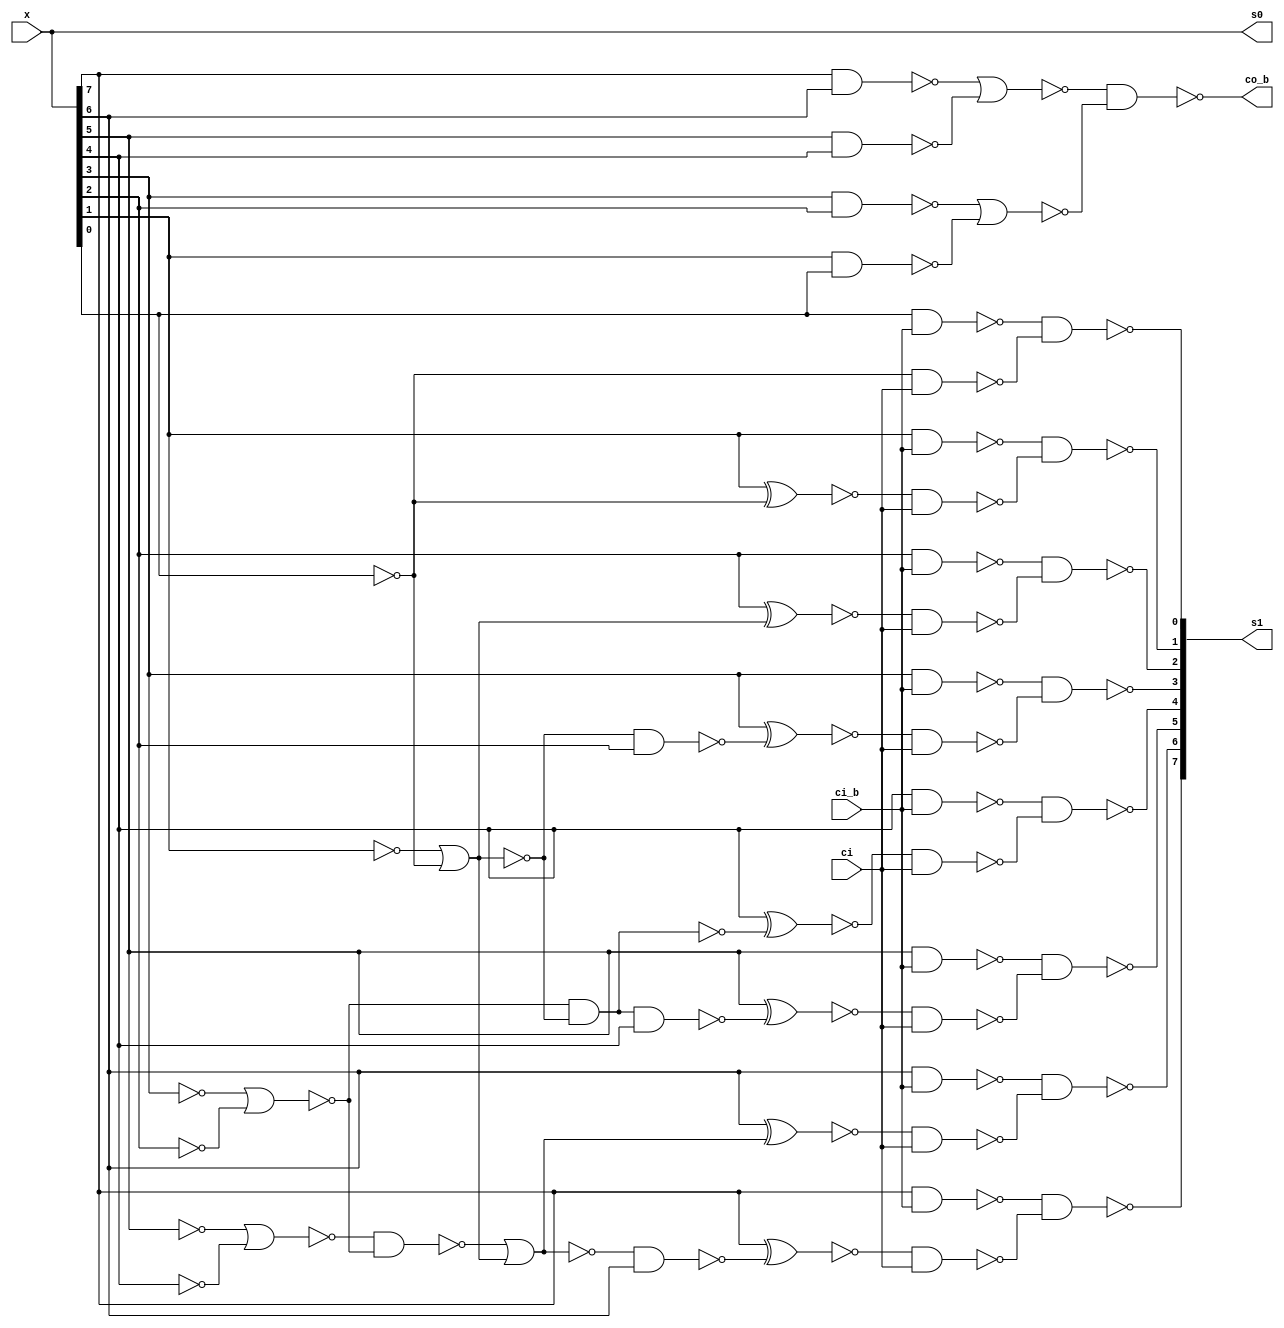
module fu_loc8inc(
   x,
   ci,
   ci_b,
   co_b,
   s0,
   s1
);
   input [0:7]  x;
   input        ci;
   input        ci_b;
   output       co_b;
   output [0:7] s0;
   output [0:7] s1;

   wire [0:7]   x_if_ci;
   wire [0:7]   x_b;
   wire [0:7]   x_p;
   wire         g2_6t7_b;
   wire         g2_4t5_b;
   wire         g2_2t3_b;
   wire         g2_0t1_b;
   wire         g4_4t7;
   wire         g4_0t3;
   wire         t2_6t7;
   wire         t2_4t5;
   wire         t2_2t3;
   wire         t4_6t7_b;
   wire         t4_4t7_b;
   wire         t4_2t5_b;
   wire         t8_6t7;
   wire         t8_4t7;
   wire         t8_2t7;
   wire         t8_7t7_b;
   wire         t8_6t7_b;
   wire         t8_5t7_b;
   wire         t8_4t7_b;
   wire         t8_3t7_b;
   wire         t8_2t7_b;
   wire         t8_1t7_b;
   wire [0:7]   s1x_b;
   wire [0:7]   s1y_b;
   wire [0:7]   s0_b;

   //  i0_b0    i1_b0   i2_b0   i3_b0   i4_b0   i5_b0   i6_b0   i7_b0   <=== buffer inputs
   //  i0_b1    i1_b1   i2_b1   i3_b1   i4_b1   i5_b1   i6_b1   i7_b1   <=== buffer inputs
   //  i0_g2    i0_g4   i2_g2   i0_g8   i4_g2   i4_g4   i6_g2   skip    <=== global chain
   //  skip     skip    i2_t4   i2_t2   i4_t4   i4_t2   i6_t4   i6_t2   <=== local carry
   //  skip     skip    i2_t8x  skip    i4_t8x  skip    i6_t8x  skip    <=== local carry
   //  skip     i1_t8   i2_t8   i3_t8   i4_t8   i5_t8   i6_t8   i7_t8   <=== local carry
   //  i0_if    i1_if   i2_if   i3_if   i4_if   i5_if   i6_if   i7_if   <=== local carry
   //  i0_s1x   i1_s1x  i2_s1x  i3_s1x  i4_s1x  i5_s1x  i6_s1x  i7_s1x  <=== carry select
   //  i0_s1y   i1_s1y  i2_s1y  i3_s1y  i4_s1y  i5_s1y  i6_s1y  i7_s1y  <=== carry select
   //  i0_s1    i1_s1   i2_s1   i3_s1   i4_s1   i5_s1   i6_s1   i7_s1   <=== carry select
   //  i0_s0b   i1_s0b  i2_s0b  i3_s0b  i4_s0b  i5_s0b  i6_s0b  i7_s0b  <=== carry select
   //  i0_s0    i1_s0   i2_s0   i3_s0   i4_s0   i5_s0   i6_s0   i7_s0   <=== carry select

   //FOLDED

   //  i0_b0    i2_b0   i4_b0   i6_b0   skip  skip  skip  skip <=== buffer inputs
   //  i1_b0    i3_b0   i5_b0   i7_b0   skip  skip  skip  skip <=== buffer inputs
   //  i0_b1    i2_b1   i4_b1   i6_b1   skip  skip  skip  skip <=== buffer inputs
   //  i1_b1    i3_b1   i5_b1   i7_b1   skip  skip  skip  skip <=== buffer inputs
   //  i0_g2    i2_g2   i4_g2   i6_g2   skip  skip  skip  skip <=== global chain
   //  i0_g4    i0_g8   i4_g4   skip    skip  skip  skip  skip <=== global chain
   //  skip     i2_t2   i4_t2   i6_t2   skip  skip  skip  skip <=== local carry
   //  skip     i2_t4   i4_t4   i6_t4   skip  skip  skip  skip <=== local carry
   //  skip     i2_t8x  i4_t8x  i6_t8x  skip  skip  skip  skip <=== local carry
   //  skip     i2_t8   i4_t8   i6_t8   skip  skip  skip  skip <=== local carry
   //  i1_t8    i3_t8   i5_t8   i7_t8   skip  skip  skip  skip <=== local carry
   //  i0_if    i2_if   i4_if   i6_if   skip  skip  skip  skip <=== local carry
   //  i1_if    i3_if   i5_if   i7_if   skip  skip  skip  skip <=== local carry
   //  i0_s1x   i2_s1x  i4_s1x  i6_s1x  skip  skip  skip  skip <=== carry select
   //  i1_s1x   i3_s1x  i5_s1x  i7_s1x  skip  skip  skip  skip <=== carry select
   //  i0_s1y   i2_s1y  i4_s1y  i6_s1y  skip  skip  skip  skip <=== carry select
   //  i1_s1y   i3_s1y  i5_s1y  i7_s1y  skip  skip  skip  skip <=== carry select
   //  i0_s1    i2_s1   i4_s1   i6_s1   skip  skip  skip  skip <=== carry select
   //  i1_s1    i3_s1   i5_s1   i7_s1   skip  skip  skip  skip <=== carry select
   //  i0_s0b   i2_s0b  i4_s0b  i6_s0b  skip  skip  skip  skip <=== carry select
   //  i1_s0b   i3_s0b  i5_s0b  i7_s0b  skip  skip  skip  skip <=== carry select
   //  i0_s0    i2_s0   i4_s0   i6_s0   skip  skip  skip  skip <=== carry select
   //  i1_s0    i3_s0   i5_s0   i7_s0   skip  skip  skip  skip <=== carry select

   assign x_b[0] = (~x[0]);
   assign x_b[1] = (~x[1]);
   assign x_b[2] = (~x[2]);
   assign x_b[3] = (~x[3]);
   assign x_b[4] = (~x[4]);
   assign x_b[5] = (~x[5]);
   assign x_b[6] = (~x[6]);
   assign x_b[7] = (~x[7]);

   assign x_p[0] = (~x_b[0]);
   assign x_p[1] = (~x_b[1]);
   assign x_p[2] = (~x_b[2]);
   assign x_p[3] = (~x_b[3]);
   assign x_p[4] = (~x_b[4]);
   assign x_p[5] = (~x_b[5]);
   assign x_p[6] = (~x_b[6]);
   assign x_p[7] = (~x_b[7]);

   //--------------------------------------------

   assign g2_0t1_b = (~(x[0] & x[1]));		//0--
   assign g2_2t3_b = (~(x[2] & x[3]));		//2--
   assign g2_4t5_b = (~(x[4] & x[5]));		//4--
   assign g2_6t7_b = (~(x[6] & x[7]));		//6--

   assign g4_0t3 = (~(g2_0t1_b | g2_2t3_b));		//1--
   assign g4_4t7 = (~(g2_4t5_b | g2_6t7_b));		//5--

   assign co_b = (~(g4_0t3 & g4_4t7));		//3-- ; --output

   //-------------------------------------------

   assign t2_2t3 = (~(x_b[2] | x_b[3]));		//2--
   assign t2_4t5 = (~(x_b[4] | x_b[5]));		//4--
   assign t2_6t7 = (~(x_b[6] | x_b[7]));		//6--

   assign t4_2t5_b = (~(t2_2t3 & t2_4t5));		//3--
   assign t4_4t7_b = (~(t2_4t5 & t2_6t7));		//5--
   assign t4_6t7_b = (~(t2_6t7));		//7--

   assign t8_2t7 = (~(t4_2t5_b | t4_6t7_b));		//3--
   assign t8_4t7 = (~(t4_4t7_b));		//5--
   assign t8_6t7 = (~(t4_6t7_b));		//7--

   assign t8_1t7_b = (~(t8_2t7 & x_p[1]));		//1--
   assign t8_2t7_b = (~(t8_2t7));		//2--
   assign t8_3t7_b = (~(t8_4t7 & x_p[3]));		//3--
   assign t8_4t7_b = (~(t8_4t7));		//4--
   assign t8_5t7_b = (~(t8_6t7 & x_p[5]));		//5--
   assign t8_6t7_b = (~(t8_6t7));		//6--
   assign t8_7t7_b = (~(x_p[7]));		//7--

   //------------------------------------

   assign x_if_ci[0] = (~(x_p[0] ^ t8_1t7_b));
   assign x_if_ci[1] = (~(x_p[1] ^ t8_2t7_b));
   assign x_if_ci[2] = (~(x_p[2] ^ t8_3t7_b));
   assign x_if_ci[3] = (~(x_p[3] ^ t8_4t7_b));
   assign x_if_ci[4] = (~(x_p[4] ^ t8_5t7_b));
   assign x_if_ci[5] = (~(x_p[5] ^ t8_6t7_b));
   assign x_if_ci[6] = (~(x_p[6] ^ t8_7t7_b));
   assign x_if_ci[7] = (~(x_p[7]));

   assign s1x_b[0] = (~(x_p[0] & ci_b));
   assign s1x_b[1] = (~(x_p[1] & ci_b));
   assign s1x_b[2] = (~(x_p[2] & ci_b));
   assign s1x_b[3] = (~(x_p[3] & ci_b));
   assign s1x_b[4] = (~(x_p[4] & ci_b));
   assign s1x_b[5] = (~(x_p[5] & ci_b));
   assign s1x_b[6] = (~(x_p[6] & ci_b));
   assign s1x_b[7] = (~(x_p[7] & ci_b));

   assign s1y_b[0] = (~(x_if_ci[0] & ci));
   assign s1y_b[1] = (~(x_if_ci[1] & ci));
   assign s1y_b[2] = (~(x_if_ci[2] & ci));
   assign s1y_b[3] = (~(x_if_ci[3] & ci));
   assign s1y_b[4] = (~(x_if_ci[4] & ci));
   assign s1y_b[5] = (~(x_if_ci[5] & ci));
   assign s1y_b[6] = (~(x_if_ci[6] & ci));
   assign s1y_b[7] = (~(x_if_ci[7] & ci));

   assign s1[0] = (~(s1x_b[0] & s1y_b[0]));		//output
   assign s1[1] = (~(s1x_b[1] & s1y_b[1]));		//output
   assign s1[2] = (~(s1x_b[2] & s1y_b[2]));		//output
   assign s1[3] = (~(s1x_b[3] & s1y_b[3]));		//output
   assign s1[4] = (~(s1x_b[4] & s1y_b[4]));		//output
   assign s1[5] = (~(s1x_b[5] & s1y_b[5]));		//output
   assign s1[6] = (~(s1x_b[6] & s1y_b[6]));		//output
   assign s1[7] = (~(s1x_b[7] & s1y_b[7]));		//output

   assign s0_b[0] = (~x_p[0]);
   assign s0_b[1] = (~x_p[1]);
   assign s0_b[2] = (~x_p[2]);
   assign s0_b[3] = (~x_p[3]);
   assign s0_b[4] = (~x_p[4]);
   assign s0_b[5] = (~x_p[5]);
   assign s0_b[6] = (~x_p[6]);
   assign s0_b[7] = (~x_p[7]);

   assign s0[0] = (~s0_b[0]);		// output
   assign s0[1] = (~s0_b[1]);		// output
   assign s0[2] = (~s0_b[2]);		// output
   assign s0[3] = (~s0_b[3]);		// output
   assign s0[4] = (~s0_b[4]);		// output
   assign s0[5] = (~s0_b[5]);		// output
   assign s0[6] = (~s0_b[6]);		// output
   assign s0[7] = (~s0_b[7]);		// output

endmodule